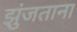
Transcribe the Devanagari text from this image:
झुंजताना